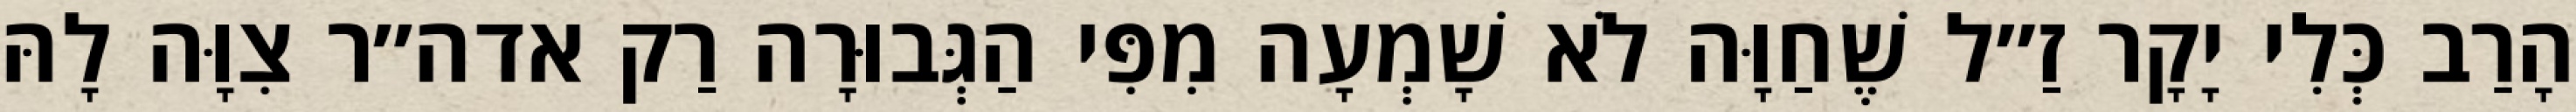
הָרַב כְּלִי יָקָר זַ״ל שֶׁחַוָּה לֹא שָׁמְעָה מִפִּי הַגְּבוּרָה רַק אדה״ר צִוָּה לָהּ